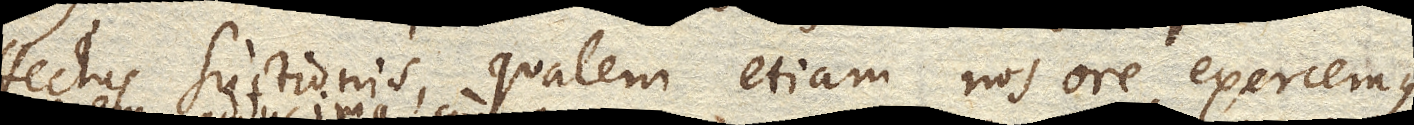
effectus suctionis, qualem etiam nos ore exercemus,